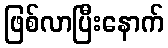
ဖြစ်လာပြီးနောက်